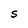
Character: S